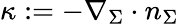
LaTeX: \kappa:=-\nabla_{\Sigma}\cdot n_{\Sigma}